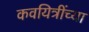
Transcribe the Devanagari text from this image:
कवयित्रींच्या